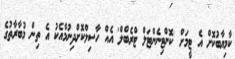
ކާމިޔާބުކޮށް އެ ޓީމަށް 'ކޮންޓިނެންޓަލް ޓްރެބްލް' އެއް ހާސިލްކޮށްދިނުމާއެކު އެ ތިން މުބާރާތުގެ